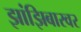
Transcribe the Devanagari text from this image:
झांझिबारवर